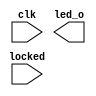

// Efinity Top-level template
// Version: 2019.3.272

// Copyright (C) 2017 - 2019 Efinix Inc. All rights reserved.

// This file may be used as a starting point for Efinity synthesis top-level target.
// The port list here matches what is expected by Efinity constraint files generated
// by the Efinity Interface Designer.

// To use this:
//     #1)  Save this file with a different name to a different directory, where source files are kept.
//              Example: you may wish to save as /home/wisdom/2019.3/project/ram_pll_test-master/ram_pll.v
//     #2)  Add the newly saved file into Efinity project as design file
//     #3)  Edit the top level entity in Efinity project to:  ram_pll
//     #4)  Insert design content.


module ram_pll
(
  input clk,
  input locked,
  output [7:0] led_o
);


endmodule